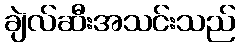
ချဲလ်ဆီးအသင်းသည်